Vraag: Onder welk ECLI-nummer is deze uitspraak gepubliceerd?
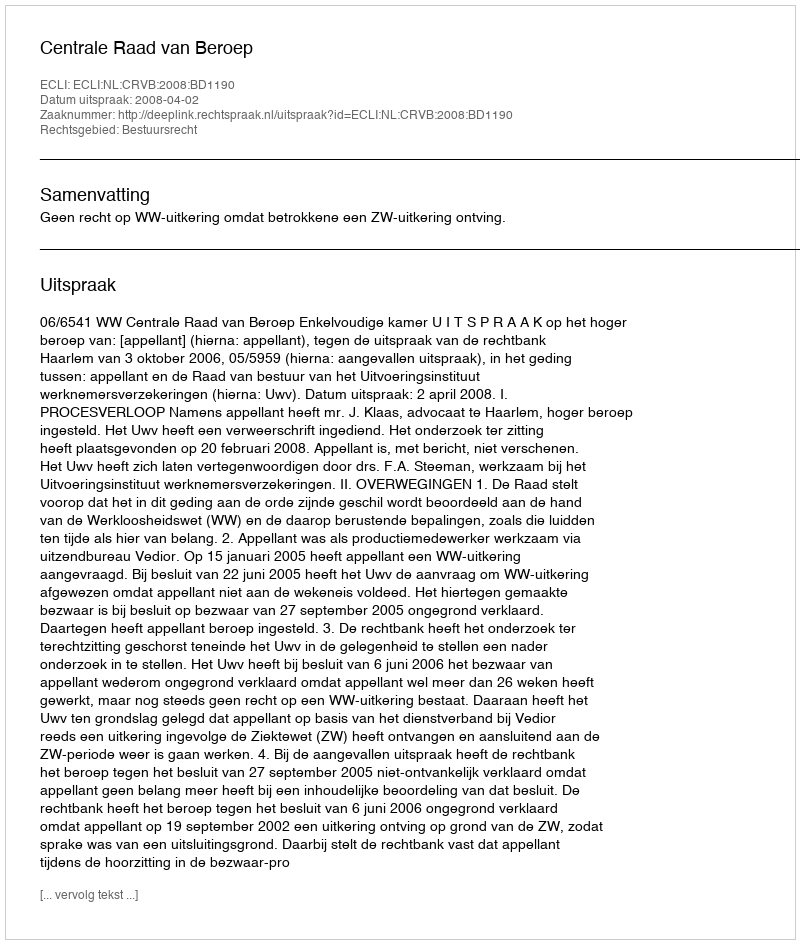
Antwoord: ECLI:NL:CRVB:2008:BD1190